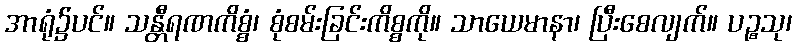
အာရုံ၌ပင်။ သန္တီရဏကိစ္စံ၊ စုံစမ်းခြင်းကိစ္စကို။ သာယေမာနာ၊ ပြီးစေလျက်။ ပဉ္စသု၊